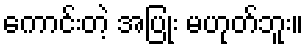
ကောင်းတဲ့ အပြုံး မဟုတ်ဘူး။